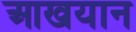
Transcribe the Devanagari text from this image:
आखयान